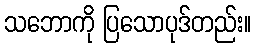
သဘောကို ပြသောပုဒ်တည်း။